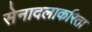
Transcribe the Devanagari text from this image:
सेनादलाकरिता